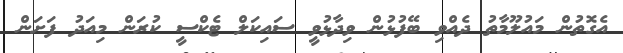
އެގޮތުން މައުލޫމާތު ދެއްވި ބޭފުޅުން ވިދާޅުވީ ސައިކަލް ޓެކްސީ ކުރަން މިއަދު ފަށަން